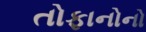
તોફાનોનો